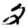
Digit: 2